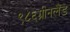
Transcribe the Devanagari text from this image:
९८६ग्रीनलैंड